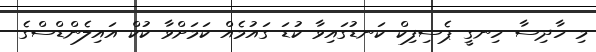
މި ހާދިސާ ހިނގީ ޕެސިފިކް ކަނޑުގައިވާ ކުޑަ ގައުމެއް ކަމަށްވާ ކުކް އައިލެންޑްސްގެ